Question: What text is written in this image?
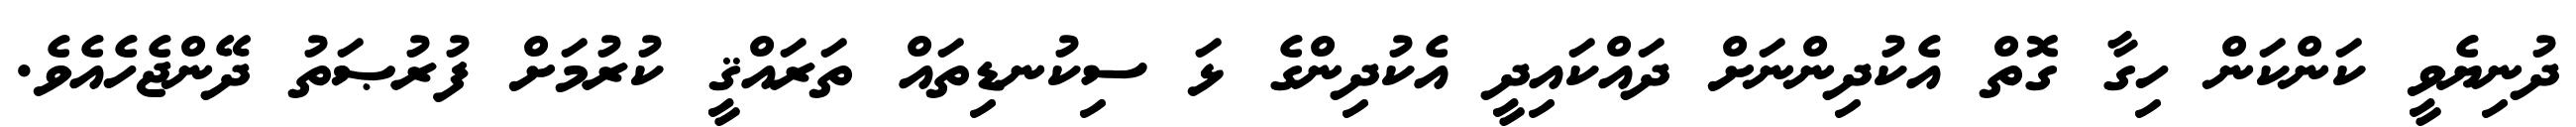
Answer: ދުނިޔެވީ ކަންކަން ހިގާ ގޮތް އެކުދިންނަށް ދައްކައިދީ އެކުދިންގެ ޅަ ސިކުނޑިތައް ތަރައްޤީ ކުރުމަށް ފުރުޞަތު ދޭންޖެހެއެވެ.